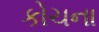
કોચના